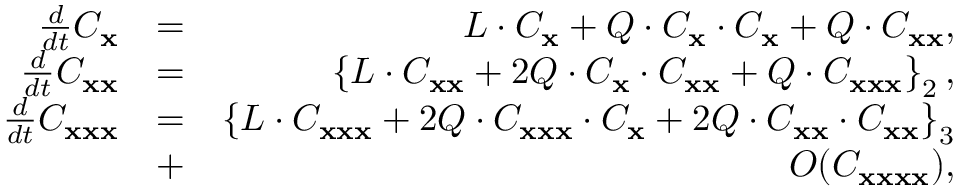
\begin{array} { r l r } { \frac { d } { d t } C _ { \bf x } } & { = } & { { \cal L } \cdot C _ { \bf x } + { \cal Q } \cdot C _ { \bf x } \cdot C _ { \bf x } + { \cal Q } \cdot C _ { { \bf x } { \bf x } } , } \\ { \frac { d } { d t } C _ { { \bf x } { \bf x } } } & { = } & { \left\lbrace { \cal L } \cdot C _ { { \bf x } { \bf x } } + 2 { \cal Q } \cdot C _ { \bf x } \cdot C _ { { \bf x } { \bf x } } + { \cal Q } \cdot C _ { { \bf x } { \bf x } { \bf x } } \right\rbrace _ { 2 } , } \\ { \frac { d } { d t } C _ { { \bf x } { \bf x } { \bf x } } } & { = } & { \left\lbrace { \cal L } \cdot C _ { { \bf x } { \bf x } { \bf x } } + 2 { \cal Q } \cdot C _ { { \bf x } { \bf x } { \bf x } } \cdot C _ { { \bf x } } + 2 { \cal Q } \cdot C _ { { \bf x } { \bf x } } \cdot C _ { { \bf x } { \bf x } } \right\rbrace _ { 3 } } \\ & { + } & { { \cal O } ( C _ { { \bf x } { \bf x } { \bf x } { \bf x } } ) , } \end{array}